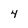
Character: 4